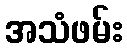
အသံဖမ်း